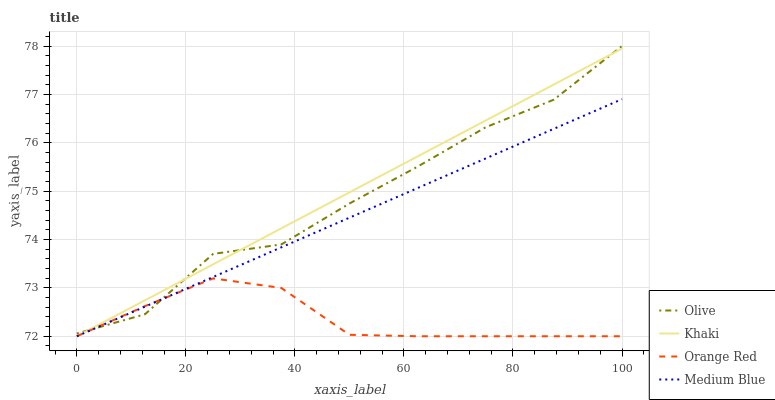
| xaxis_label | Olive | Khaki | Orange Red | Medium Blue |
 | --- | --- | --- | --- | --- |
 | 0 | 72.1 | 72 | 72 | 72 |
 | 12.5 | 72.5 | 72.7 | 72.6 | 72.6 |
 | 25 | 73.7 | 73.5 | 73.2 | 73.2 |
 | 37.5 | 73.9 | 74.2 | 73 | 73.8 |
 | 50 | 74.7 | 75 | 72 | 74.5 |
 | 62.5 | 75.5 | 75.7 | 72 | 75.1 |
 | 75 | 76.3 | 76.5 | 72 | 75.7 |
 | 87.5 | 76.9 | 77.2 | 72 | 76.3 |
 | 100 | 78 | 77.9 | 72 | 76.9 |